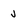
Character: J